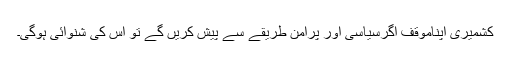
کشمیری اپناموقف اگرسیاسی اور پرامن طریقے سے پیش کریں گے تو اس کی شنوائی ہوگی۔